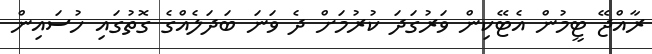
ރާއްޖޭ ޓީމުން އެޓޭކިން ވަރުގަދަ ކުރުމަށް ދެ ވަނަ ބަދަލެއްގެ ގޮތުގައި ހުސައިން